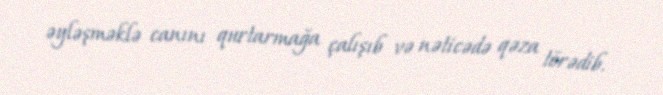
əyləşməklə canını qurtarmağa çalışıb və nəticədə qəza törədib.